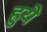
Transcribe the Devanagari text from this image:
ह्रुये